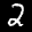
Label: 2